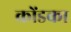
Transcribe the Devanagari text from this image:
कोंडका